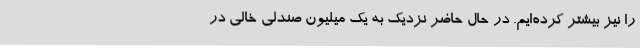
را نیز بیشتر کرده‌ایم. در حال حاضر نزدیک به یک میلیون صندلی خالی در